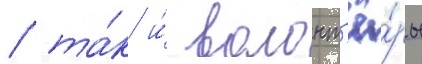
/ та́к и́ волонт'ё́ры